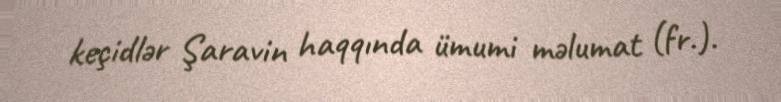
keçidlər Şaravin haqqında ümumi məlumat (fr.).